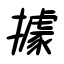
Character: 據